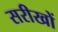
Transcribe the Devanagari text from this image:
सरीखों